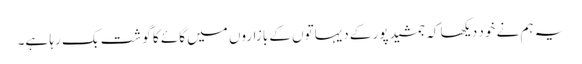
یہ ہم نے خود دیکھا کہ جمشید پور کے دیہاتوں کے بازاروں میں گائے کا گوشت بک رہا ہے۔